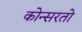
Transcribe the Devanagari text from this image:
कोन्सरतो